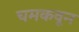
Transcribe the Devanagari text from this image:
चमकवून